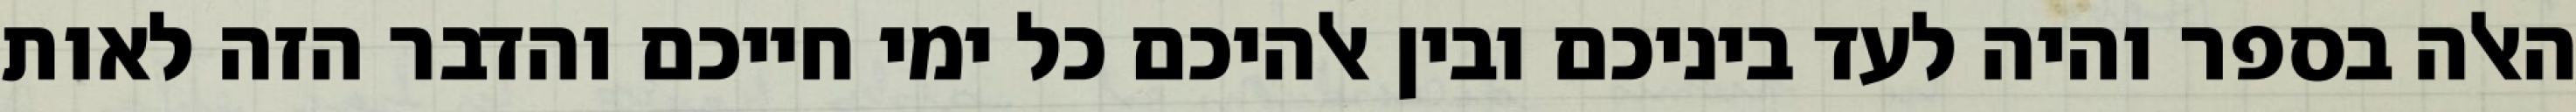
האלה בספר והיה לעד ביניכם ובין אלהיכם כל ימי חייכם והדבר הזה לאות